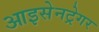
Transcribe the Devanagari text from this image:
आइसेनट्रेगर